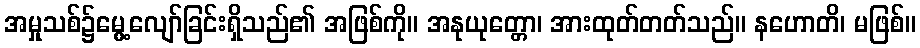
အမှုသစ်၌မွေ့လျော်ခြင်းရှိသည်၏ အဖြစ်ကို။ အနုယုတ္တော၊ အားထုတ်တတ်သည်။ နဟောတိ၊ မဖြစ်။